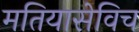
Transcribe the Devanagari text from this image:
मतियासेविच